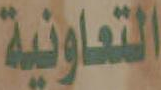
التعاونية